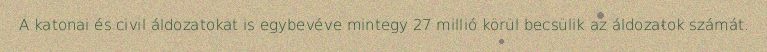
A katonai és civil áldozatokat is egybevéve mintegy 27 millió körül becsülik az áldozatok számát.